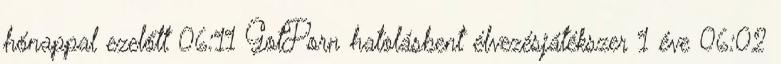
hónappal ezelőtt 06:11 GotPorn hatolásbent élvezésjátékszer 1 éve 06:02